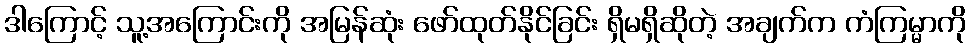
ဒါကြောင့် သူ့အကြောင်းကို အမြန်ဆုံး ဖော်ထုတ်နိုင်ခြင်း ရှိမရှိဆိုတဲ့ အချက်က ကံကြမ္မာကို